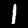
Label: 1